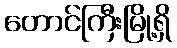
တောင်ကြီးမြို့ရှိ